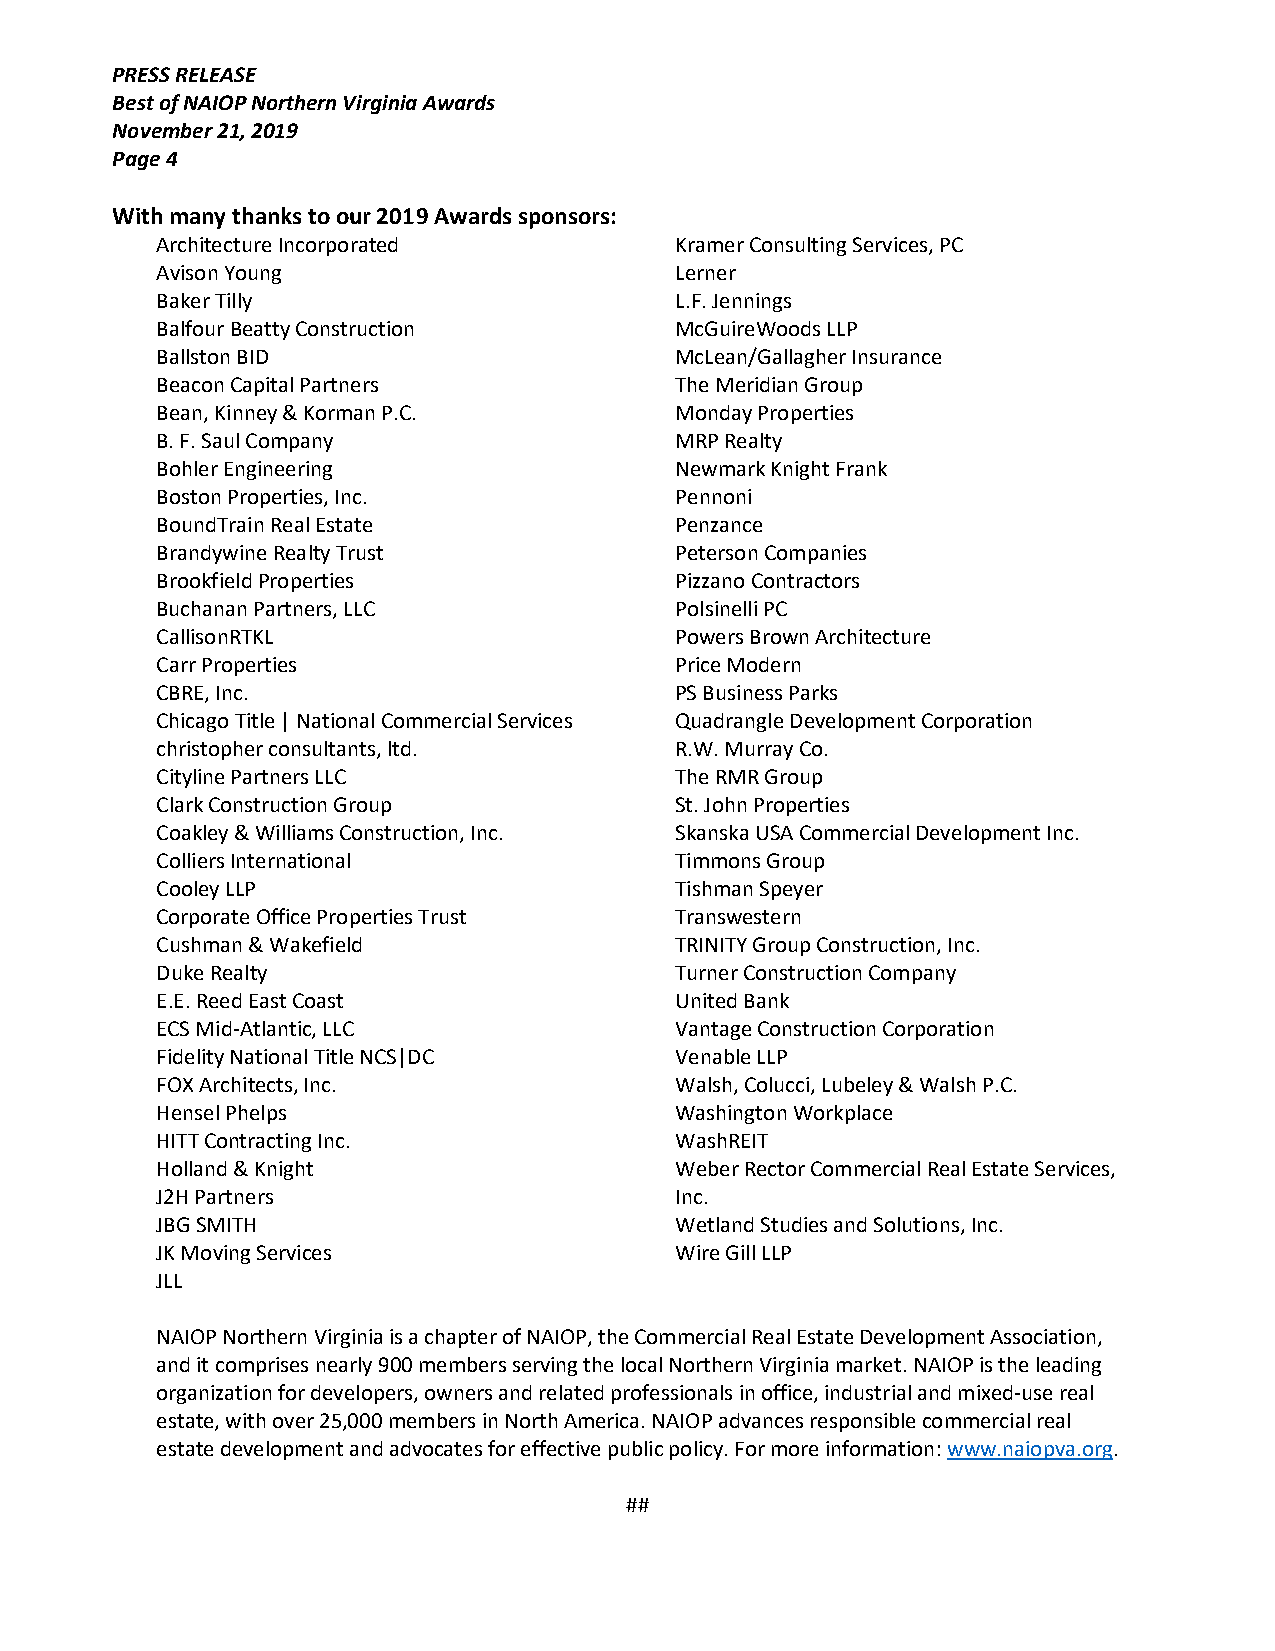
PRESS RELEASE
 Best of NAIOP Northern Virginia Awards
 November 21, 2019
 Page 4
 With many thanks to our 2019 Awards sponsors:
 Architecture Incorporated          Kramer Consulting Services, PC
 Avison Young                       Lerner
 Baker Tilly                        L.F. Jennings
 Balfour Beatty Construction        McGuireWoods LLP
 Ballston BID                       McLean/Gallagher Insurance
 Beacon Capital Partners            The Meridian Group
 Bean, Kinney & Korman P.C.         Monday Properties
 B. F. Saul Company                 MRP Realty
 Bohler Engineering                 Newmark Knight Frank
 Boston Properties, Inc.            Pennoni
 BoundTrain Real Estate             Penzance
 Brandywine Realty Trust            Peterson Companies
 Brookfield Properties              Pizzano Contractors
 Buchanan Partners, LLC             Polsinelli PC
 CallisonRTKL                       Powers Brown Architecture
 Carr Properties                    Price Modern
 CBRE, Inc.                         PS Business Parks
 Chicago Title | National Commercial Services Quadrangle Development Corporation
 christopher consultants, ltd.      R.W. Murray Co.
 Cityline Partners LLC              The RMR Group
 Clark Construction Group           St. John Properties
 Coakley & Williams Construction, Inc. Skanska USA Commercial Development Inc.
 Colliers International             Timmons Group
 Cooley LLP                         Tishman Speyer
 Corporate Office Properties Trust  Transwestern
 Cushman & Wakefield                TRINITY Group Construction, Inc.
 Duke Realty                        Turner Construction Company
 E.E. Reed East Coast               United Bank
 ECS Mid-Atlantic, LLC              Vantage Construction Corporation
 Fidelity National Title NCS|DC     Venable LLP
 FOX Architects, Inc.               Walsh, Colucci, Lubeley & Walsh P.C.
 Hensel Phelps                      Washington Workplace
 HITT Contracting Inc.              WashREIT
 Holland & Knight                   Weber Rector Commercial Real Estate Services,
 J2H Partners                       Inc.
 JBG SMITH                          Wetland Studies and Solutions, Inc.
 JK Moving Services                 Wire Gill LLP
 JLL
 NAIOP Northern Virginia is a chapter of NAIOP, the Commercial Real Estate Development Association,
 and it comprises nearly 900 members serving the local Northern Virginia market. NAIOP is the leading
 organization for developers, owners and related professionals in office, industrial and mixed-use real
 estate, with over 25,000 members in North America. NAIOP advances responsible commercial real
 estate development and advocates for effective public policy. For more information: www.naiopva.org.
 ##